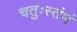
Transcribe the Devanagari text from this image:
चतुःस्तंभं